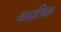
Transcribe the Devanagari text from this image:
याद्रछिक